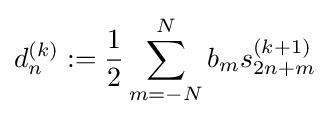
d_{n}^{(k)}:={\frac {1}{2}}\sum _{m=-N}^{N}b_{m}s_{2n+m}^{(k+1)}